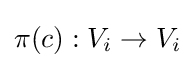
\pi (c):V_{i}\to V_{i}